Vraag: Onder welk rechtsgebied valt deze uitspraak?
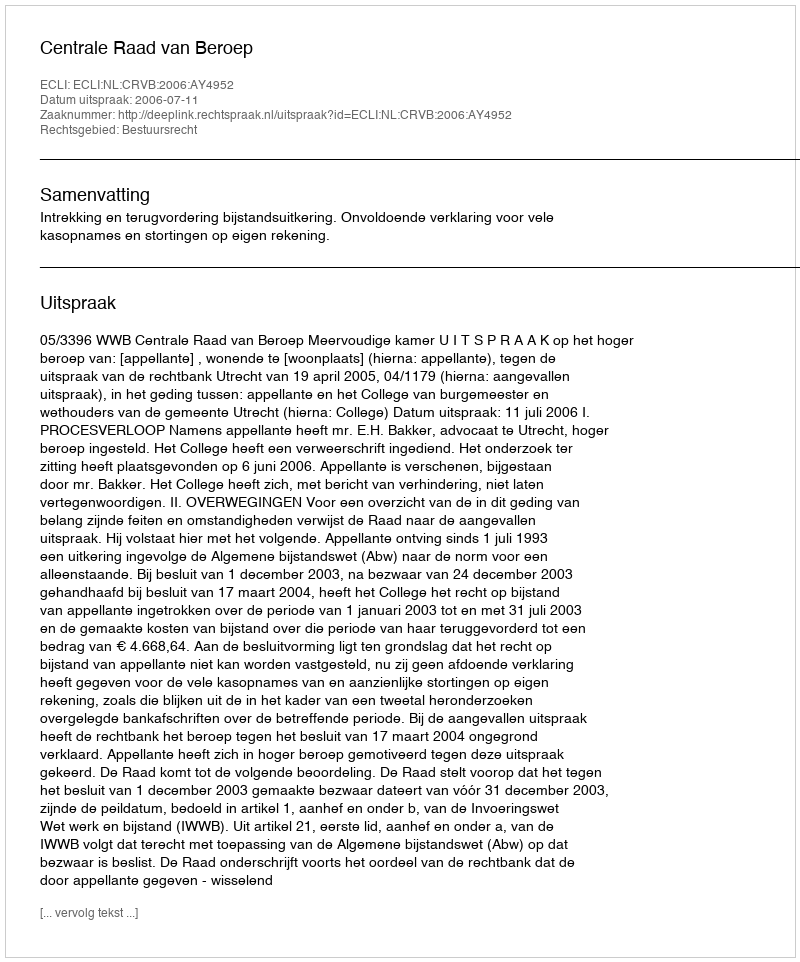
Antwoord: Bestuursrecht